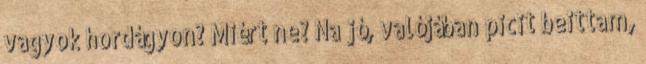
vagyok hordágyon? Miért ne? Na jó, valójában picit beittam,